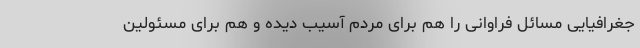
جغرافیایی مسائل فراوانی را هم برای مردم آسیب دیده و هم برای مسئولین